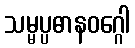
သမ္မပ္ပဓာနဝဂ္ဂေါ